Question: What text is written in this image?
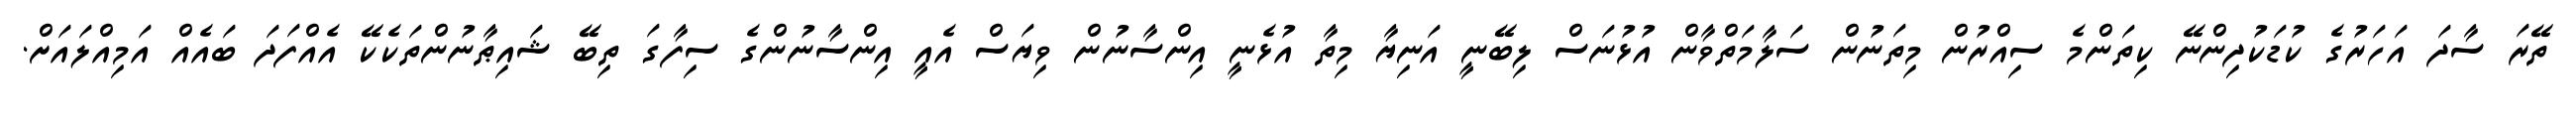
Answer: ތޭރަ ސާދަ އަހަރުގެ ކުޑަކުދިންނޭ ކިތަންމެ ސިއްރުން މިތަނުން ސަލާމަތްވާން އުޅުނަސް ލިބޭނީ އަނިޔާ މިތާ އުޅެނީ އިންސާނުން ވިޔަސް އެއީ އިންސާނުންގެ ސިފާގަ ތިބޭ ޝައިޠާނުންތަކެކޭ އެއްފަދަ ބައެއް އަމިއްލައަށް.